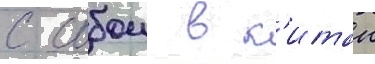
с собои в к'итаи